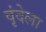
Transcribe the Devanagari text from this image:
वृंदेला